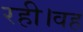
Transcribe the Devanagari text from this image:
रही।वह